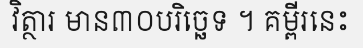
វិត្ថារ មាន៣០បរិច្ឆេទ ។ គម្ពីរនេះ